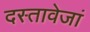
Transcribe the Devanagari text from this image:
दस्तावेजां